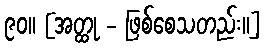
၉၀။ [အတ္ထု - ဖြစ်စေသတည်း။]